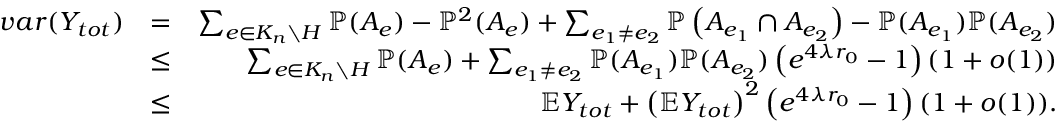
\begin{array} { r l r } { v a r ( Y _ { t o t } ) } & { = } & { \sum _ { e \in K _ { n } \setminus H } \mathbb { P } ( A _ { e } ) - \mathbb { P } ^ { 2 } ( A _ { e } ) + \sum _ { e _ { 1 } \neq e _ { 2 } } \mathbb { P } \left( A _ { e _ { 1 } } \cap A _ { e _ { 2 } } \right) - \mathbb { P } ( A _ { e _ { 1 } } ) \mathbb { P } ( A _ { e _ { 2 } } ) } \\ & { \leq } & { \sum _ { e \in K _ { n } \setminus H } \mathbb { P } ( A _ { e } ) + \sum _ { e _ { 1 } \neq e _ { 2 } } \mathbb { P } ( A _ { e _ { 1 } } ) \mathbb { P } ( A _ { e _ { 2 } } ) \left( e ^ { 4 \lambda r _ { 0 } } - 1 \right) ( 1 + o ( 1 ) ) } \\ & { \leq } & { \mathbb { E } Y _ { t o t } + \left( \mathbb { E } Y _ { t o t } \right) ^ { 2 } \left( e ^ { 4 \lambda r _ { 0 } } - 1 \right) ( 1 + o ( 1 ) ) . } \end{array}